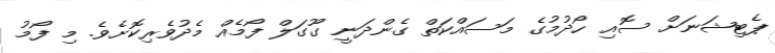
ޕެޓިޝަނަށް ސޮއި ހޯދުމުގެ މަސައްކަތް ގެންދަނީ ގޫގަލް ފޯމެއް މެދުވެރިކޮށެވެ. މި ފޯމު